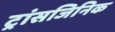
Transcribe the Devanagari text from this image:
ट्रांसजिनिक